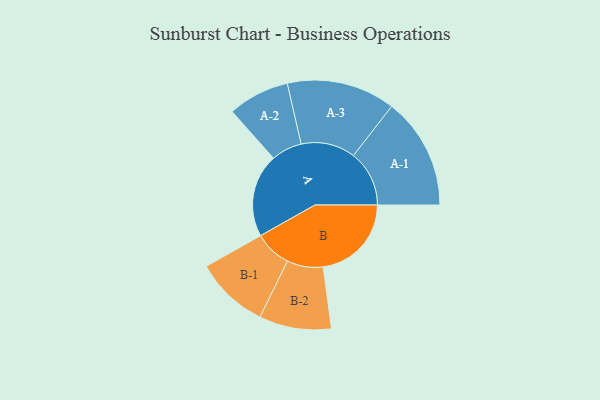
{"axis": {"x": "Segment", "y": "Value"}, "legend": ["", "A", "B"], "data": [{"x": "A", "y": 422, "type": ""}, {"x": "B", "y": 447, "type": ""}, {"x": "A-1", "y": 283, "type": "A"}, {"x": "A-2", "y": 156, "type": "A"}, {"x": "A-3", "y": 275, "type": "A"}, {"x": "B-1", "y": 187, "type": "B"}, {"x": "B-2", "y": 183, "type": "B"}]}